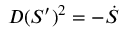
D ( S ^ { \prime } ) ^ { 2 } = - \dot { S }